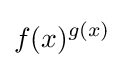
f(x)^{g(x)}